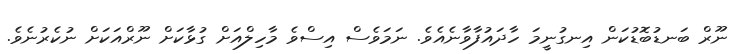
ނޫރް ބަނޑުބޮޑުކަން އިނގުނީމަ ހާދައުފާވާނެއެވެ. ނަމަވެސް އިސްވެ މާހިލްއަށް ގުޅާކަށް ނޫރްއަކަށް ނުކެރުނެވެ.